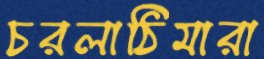
চরলাঠিমারা